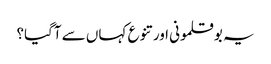
یہ بوقلمونی اور تنوع کہاں سے آگیا؟